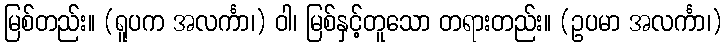
မြစ်တည်း။ (ရူပက အလင်္ကာ၊) ဝါ၊ မြစ်နှင့်တူသော တရားတည်း။ (ဥပမာ အလင်္ကာ၊)